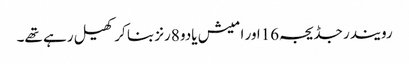
رویندر جڈیجہ16اور امیش یادو 8رنز بنا کر کھیل رہے تھے۔